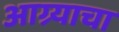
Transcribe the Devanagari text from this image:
आग्र्याचा